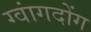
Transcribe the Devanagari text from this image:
ग्वांगदोंग